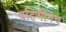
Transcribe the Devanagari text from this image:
बहिणीनेच